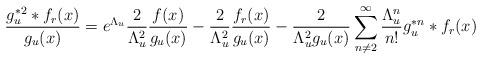
LaTeX: \begin{align*} \frac{g_u^{\ast 2}\ast f_r(x)}{g_u(x)}= e^{\Lambda_u} \frac{2}{\Lambda_u^2} \frac{f(x)}{g_u(x)}-\frac{2}{\Lambda_u^2}\frac{f_r(x)}{g_u(x)}-\frac{2}{\Lambda_u^2 g_u(x)} \sum_{n\neq 2}^\infty \frac{\Lambda_u^n}{n!}g_u^{\ast n}\ast f_r(x)\end{align*}